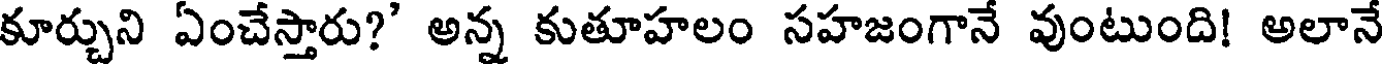
కూర్చుని ఏంచేస్తారు?' అన్న కుతూహలం సహజంగానే వుంటుంది! అలానే